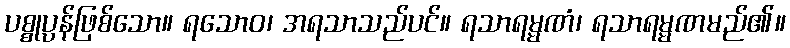
ပစ္စုပ္ပန်ဖြစ်သော။ ရသောဝ၊ အရသာသည်ပင်။ ရသာရမ္မဏံ၊ ရသာရမ္မဏမည်၏။